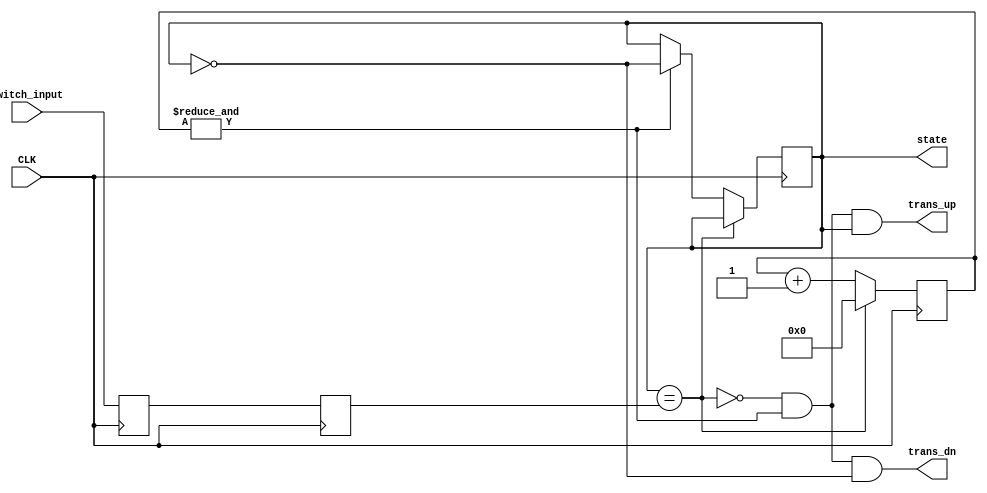
module debouncer(
    input CLK,
    input switch_input,
    output reg state,
    output trans_up,
    output trans_dn
    );

// Synchronize the switch input to the clock
reg sync_0, sync_1;
always @(posedge CLK) 
begin
  sync_0 = switch_input;
end
	
always @(posedge CLK) 
begin
  sync_1 = sync_0;
end

// Debounce the switch
reg [16:0] count;
wire idle = (state == sync_1);
wire finished = &count;	// true when all bits of count are 1's

always @(posedge CLK)
begin
  if (idle)
  begin
    count <= 0;
  end
  else 
  begin
    count <= count + 16'd1;  
    if (finished)
    begin
      state <= ~state;  
    end
  end
end

assign trans_dn = ~idle & finished & ~state;
assign trans_up = ~idle & finished & state;

endmodule